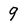
Character: 9